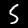
Digit: 5